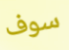
سوف